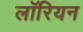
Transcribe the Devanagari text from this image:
लॉरियन